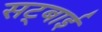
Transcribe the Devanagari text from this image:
सट्बाई